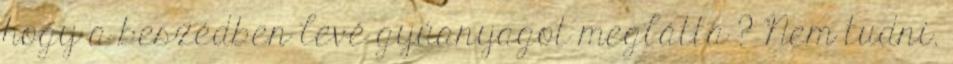
hogy a beszédben levé gyúanyagot meglátta ? Nem tudni.